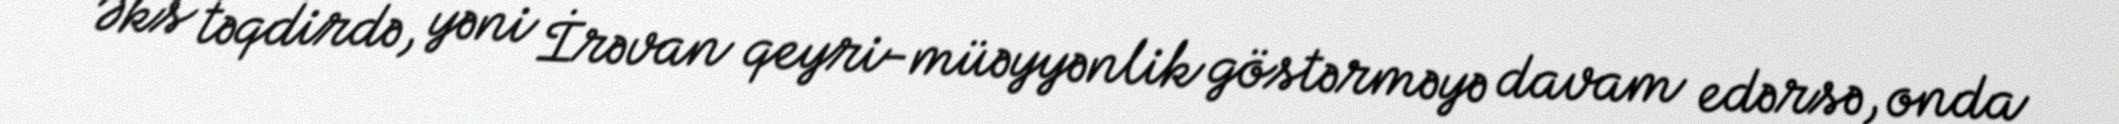
Əks təqdirdə, yəni İrəvan qeyri-müəyyənlik göstərməyə davam edərsə, onda